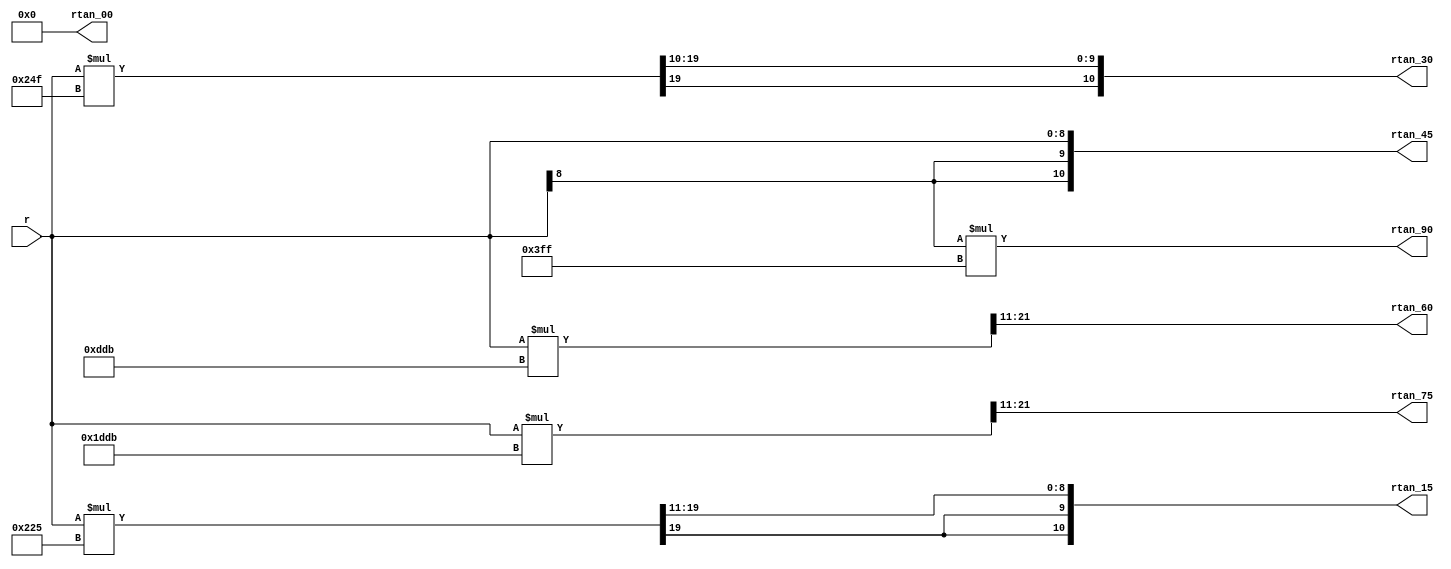
`timescale 1ns / 1ps
//////////////////////////////////////////////////////////////////////////////////
// Company:        MIT 6.111 Final Project
// 
// Module Name:    Calculate RTan 00 to 90 with 15 Degree Steps
// Project Name:   FPGA Phone Home
//
// Note 1: this relies on only using angles values of 0 deg + 15 n up to 90
//         if you want to use more or different angles you need to update the code
//
// Note 2: this returns infinity for rtan90 by returning max
//
//////////////////////////////////////////////////////////////////////////////////

module calc_rtan_00_90_15
    (input signed [8:0] r, // our tans can scale up by a factor of 4 so we need two more bits for outputs
     output signed [10:0] rtan_00, 
     output signed [10:0] rtan_15,
     output signed [10:0] rtan_30,
     output signed [10:0] rtan_45,
     output signed [10:0] rtan_60,
     output signed [10:0] rtan_75,
     output signed [10:0] rtan_90);
	
   // continuously create the values we could need
   // tan 00 = 0
   // tan 90 = infinity 
   // tan 45 = 1
   assign rtan_00 = 0;
   assign rtan_90 = r[8]*10'h3FF;
   assign rtan_45 = ((r <<< 2) >>> 2); // shift up to get the signed digit in the right spot and then shift back
   
   // For the other three we need to do the math and recast to smaller bit size
   // tan 15 is about 549/2048 which is 16'hs0225 >>> 11
   // tan 30 is about 591/1024 which is 16'hs024f >>> 10
   // tan 60 is about 3547/2048 which is 16'hs0DDB >>> 11
   // tan 75 is about 7643/2048 which is 16'hs1DDB >>> 11
   wire signed [31:0] rtan_15deg; // large bit size to multiply and shift 
   wire signed [31:0] rtan_30deg; // large bit size to multiply and shift 
   wire signed [31:0] rtan_60deg; // large bit size to multiply and shift 
   wire signed [31:0] rtan_75deg; // large bit size to multiply and shift 
   assign rtan_15deg = (r*16'sh0225) >>> 11;
   assign rtan_30deg = (r*16'sh024f) >>> 10;
   assign rtan_60deg = (r*16'sh0DDB) >>> 11;
   assign rtan_75deg = (r*16'sh1DDB) >>> 11;
   assign rtan_15 = rtan_15deg[10:0];
   assign rtan_30 = rtan_30deg[10:0];
   assign rtan_60 = rtan_60deg[10:0];
   assign rtan_75 = rtan_75deg[10:0];

endmodule